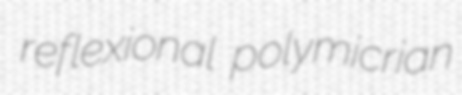
reflexional polymicrian